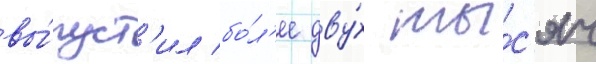
вы́пуст'ил бо́л'ее дву́х ты́с'яч